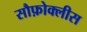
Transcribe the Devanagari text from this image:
सौफ़ोक्लीस